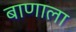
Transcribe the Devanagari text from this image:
बाणाला